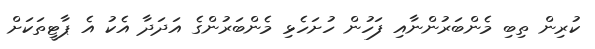
ކުރިން ތިބި މެންބަރުންނާއި ފަހުން ހުށަހެޅި މެންބަރުންގެ އަދަދާ އެކު އެ ޕާޓީތަކަށް